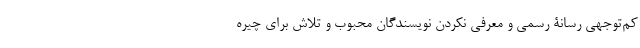
کم‌توجهی رسانۀ رسمی و معرفی نکردن نویسندگان محبوب و تلاش برای چیره